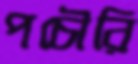
পচৌরি